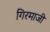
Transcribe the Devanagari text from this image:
गिरमाजी